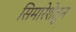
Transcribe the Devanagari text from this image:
सिमारेशेतून